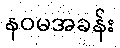
နဝမအခန်း